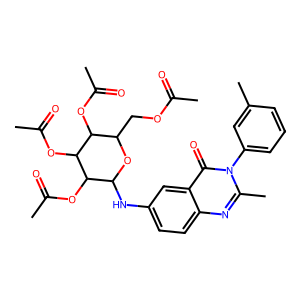
SMILES: CC(=O)OCC1OC(Nc2ccc3nc(C)n(-c4cccc(C)c4)c(=O)c3c2)C(OC(C)=O)C(OC(C)=O)C1OC(C)=O
Inhibits HIV replication: No